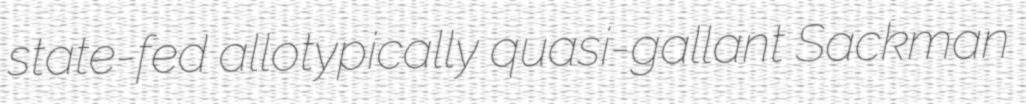
state-fed allotypically quasi-gallant Sackman